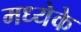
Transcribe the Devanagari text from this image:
मध्येके